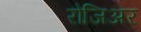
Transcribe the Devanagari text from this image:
रोजिअर